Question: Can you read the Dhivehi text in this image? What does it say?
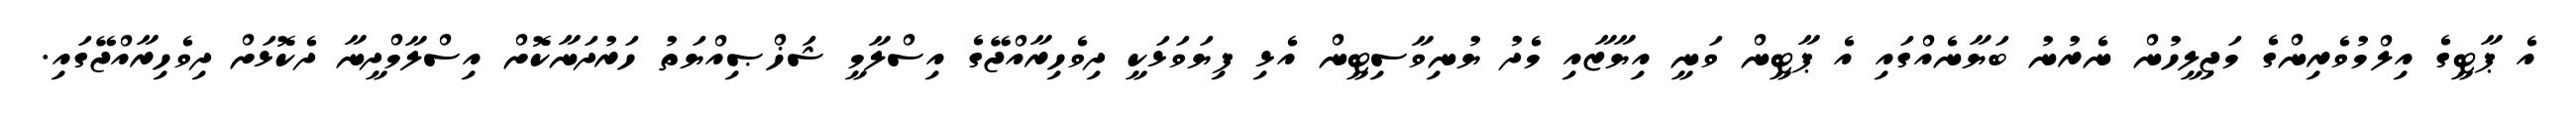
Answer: އެ ޕާޓީގެ އިލްމުވެރިންގެ މަޖިލީހުން ނެރުނު ބަޔާނެއްގައި އެ ޕާޓީން ވަނީ އިޔާޒާއި މެދު ޔުނިވާސިޓީން އެޅި ފިޔަވަޅަކީ ދިވެހިރާއްޖޭގެ އިސްލާމީ ޝަޚްޞިއްޔަތު ހަރުދަނާކޮށް އިސްލާމްދީނާ ދެކޮޅަށް ދިވެހިރާއްޖޭގައި.